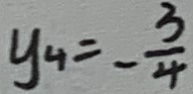
y _ { 4 } = - \frac { 3 } { 4 }